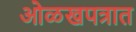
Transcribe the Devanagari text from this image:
ओळखपत्रात